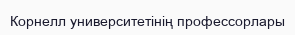
Корнелл университетінің профессорлары